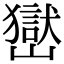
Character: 𡽺